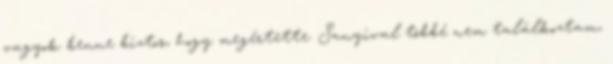
vagyok benne biztos, hogy megértette. Sanyival többé nem találkoztam,